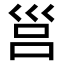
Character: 𡿷